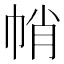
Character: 帩